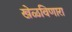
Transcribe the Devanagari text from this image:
खेळविणारा